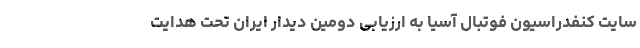
سایت کنفدراسیون فوتبال آسیا به ارزیابی دومین دیدار ایران تحت هدایت